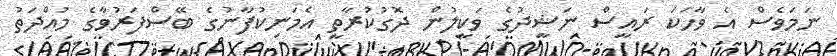
ނަމަވެސް އެ ވާހަކަ ރައީސް ނަޝީދުގެ ވަކީލުން ދޮގުކުރާތީ އެމަނިކުފާނުގެ ބޭސްފަރުވާގެ މުއްދަތު